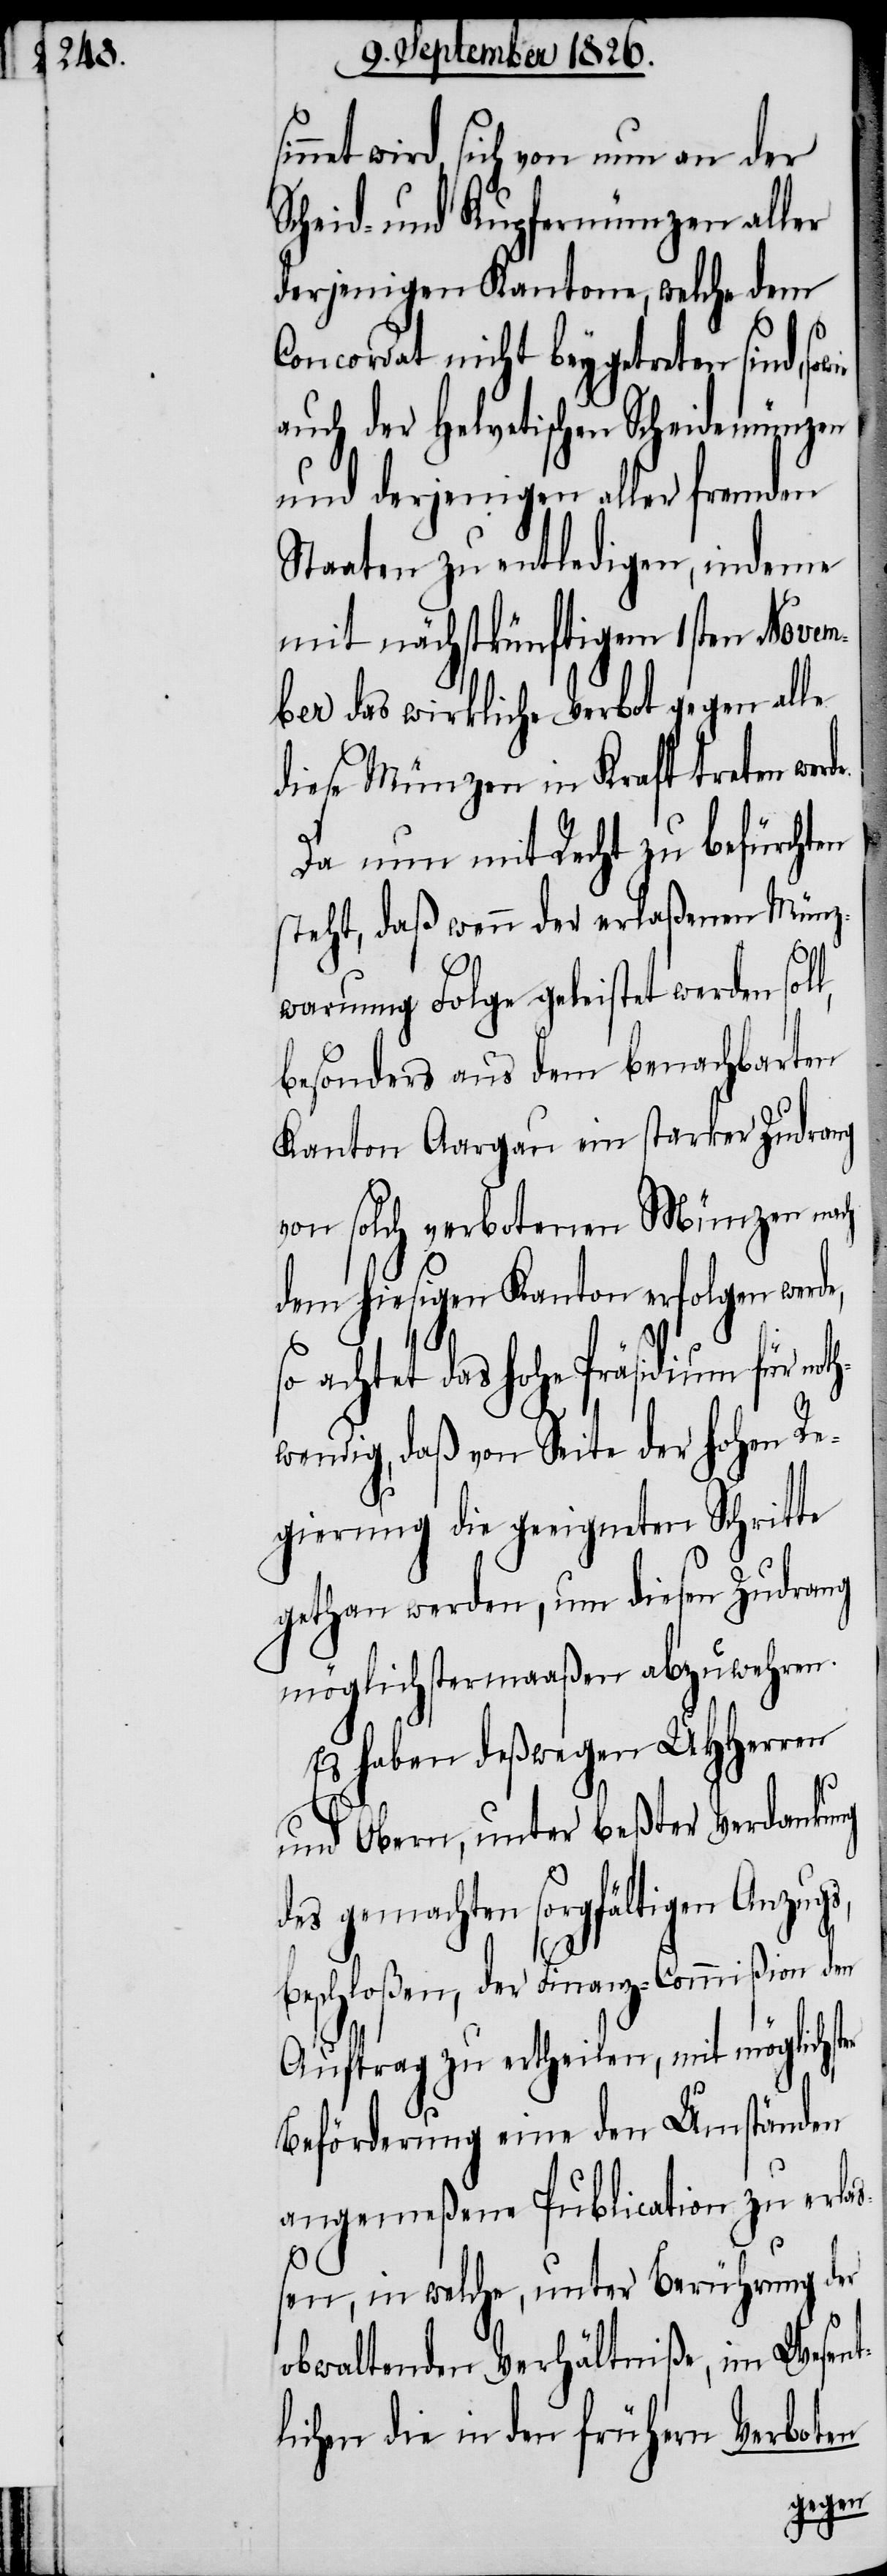
net wird, sich von nun an der
Scheid- und Kupfermünzen aller
derjenigen Kantone, welche dem
Concordat nicht beygetreten sind,
auch der helvetischen Scheidemünzen
und derjenigen aller fremden
Staaten zu entledigen, indem
mit nächstkünftigem 1sten Novem¬
ber das wirkliche Verbot gegen alle
diese Münzen in Kraft treten
Da nun mit Recht zu befürchten
steht, daß wenn der erlaßenen Münz¬
warnung Folge geleistet werden sol¬
besonders aus dem benachbarten
Kanton Aargau ein starker Zudrang
von solch verbotenen Münzen nach
dem hiesigen Kanton erfolgen werd¬
achtet das hohe Präsidium für
wendig, daß von Seite der hohen Re¬
gierung die geeigneten Schritte
gethan werden, um diesen Zudrang
möglichstermaaßen abzuwehren.
Es haben deßwegen MHHerren
und Obern, unter beßter Verdankung
des gemachten sorgfältigen Anzugs,
beschloßen, der Finanz-Commißion den
Auftrag zu ertheilen, mit möglichs¬
Beförderung eine den Umständen
angemeßene Publication zu erlaß¬
en, in welche, unter Berührung der
obwaltenden Verhältniße, im Wesent¬
lichen die in den frühern Verboten
ter